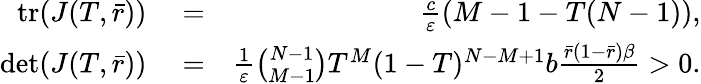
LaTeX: \begin{array}{rlr}{\mathrm{tr}(J(T,\bar{r}))}&{{}=}&{\frac{c}{\varepsilon}(M-1-T(N-1)),}\\ {\mathrm{det}(J(T,\bar{r}))}&{{}=}&{\frac{1}{\varepsilon}\binom{N-1}{M-1}T^{M}(1-T)^{N-M+1}b\frac{\bar{r}(1-\bar{r})\beta}{2}>0.}\end{array}